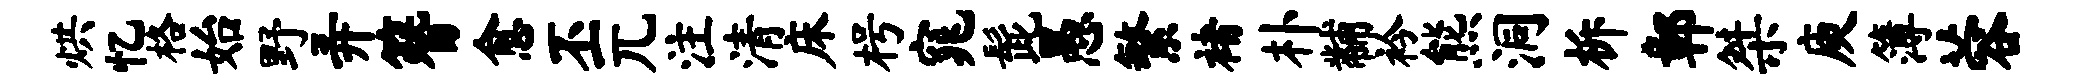
烘忆格始野弄簪愈丕兀注清床枵窕髭愚繁褚朴黼衿熊洞柝鄣桀庾簿蓉